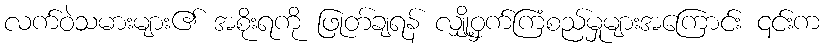
လက်ဝဲသမားများ၏ အစိုးရကို ဖြုတ်ချရန် လျှို့ဝှက်ကြံစည်မှုများအကြောင်း ၎င်းက